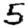
Digit: 5